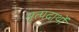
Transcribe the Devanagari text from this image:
मृत्पदार्थो